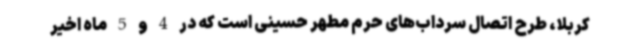
کربلا، طرح اتصال سرداب‌های حرم مطهر حسینی است که در 4 و 5 ماه اخیر